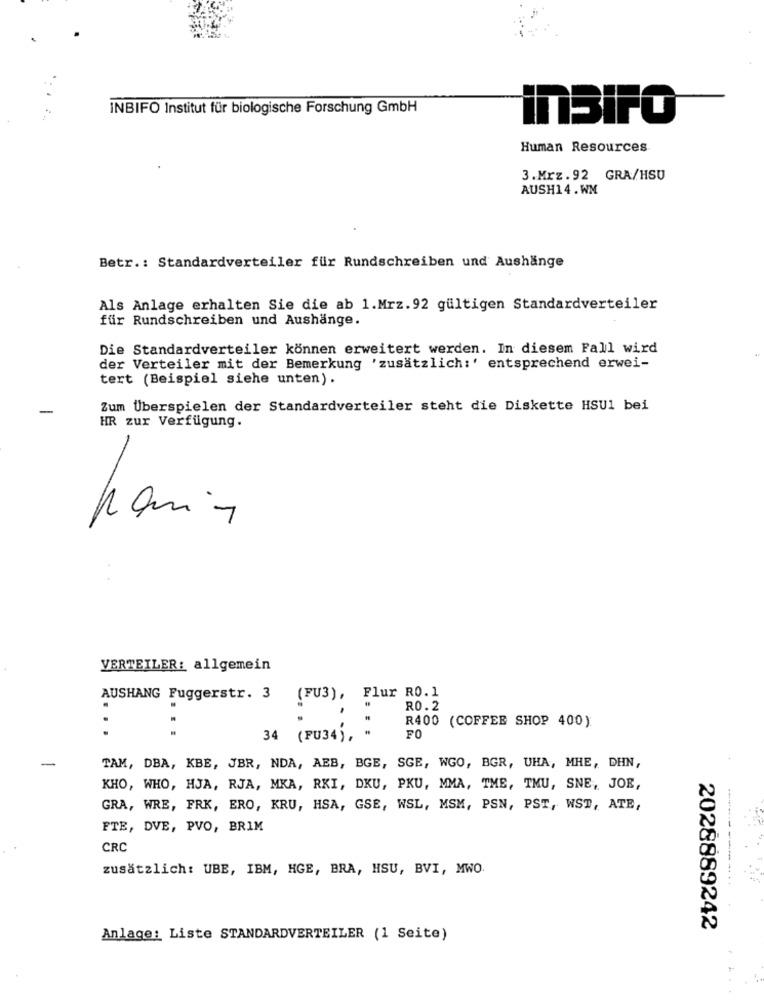
INBIFO Institut für biologische Forschung GmbH
InBiFO
Human Resources
3.Mrz.92 GRA/HSU
AUSH14.WM
Betr .: Standardverteiler für Rundschreiben und Aushänge
Als Anlage erhalten Sie die ab 1.Mrz.92 gültigen Standardverteiler
für Rundschreiben und Aushange.
Die Standardverteiler können erweitert werden. In diesem Fall wird
der Verteiler mit der Bemerkung 'zusätzlich:' entsprechend erwei-
tert (Beispiel siehe unten).
Zum Überspielen der Standardverteiler steht die Diskette HSU1 bei
HR zur Verfügung.
VERTEILER: allgemein
AUSHANG Fuggerstr. 3 (FU3), Flur RO. 1
RO.2
R400 (COFFEE SHOP 400)
34 (PU34), "
FO
-
TAM, DBA, KBE, JBR, NDA, AEB, BGE, SGE, WGO, BGR, UHA, MHE, DHN,
KHO, WHO, HJA, RJA, MKA, RKI, DKU, PKU, MMA, THE, TMU, SNE, JOE,
GRA, WRE, FRK, ERO, KRU, HSA, GSE, WSL, MSM, PSN, PST, WST, ATE,
FTE, DVE, PVO, BRIM
CRC
zusätzlich: UBE, IBM, HGE, BRA, HSU, BVI, MWO.
2028889242
Anlage: Liste STANDARDVERTEILER (1 Seite)